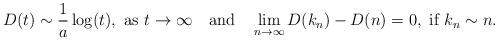
LaTeX: \begin{align*}D(t) \sim \frac{1}{a} \log(t), \mbox{ as $t \rightarrow \infty$} ~~\mbox{ and }~~ \lim_{n \to \infty} D(k_n) - D(n) = 0, \mbox{ if $k_n \sim n$}.\end{align*}